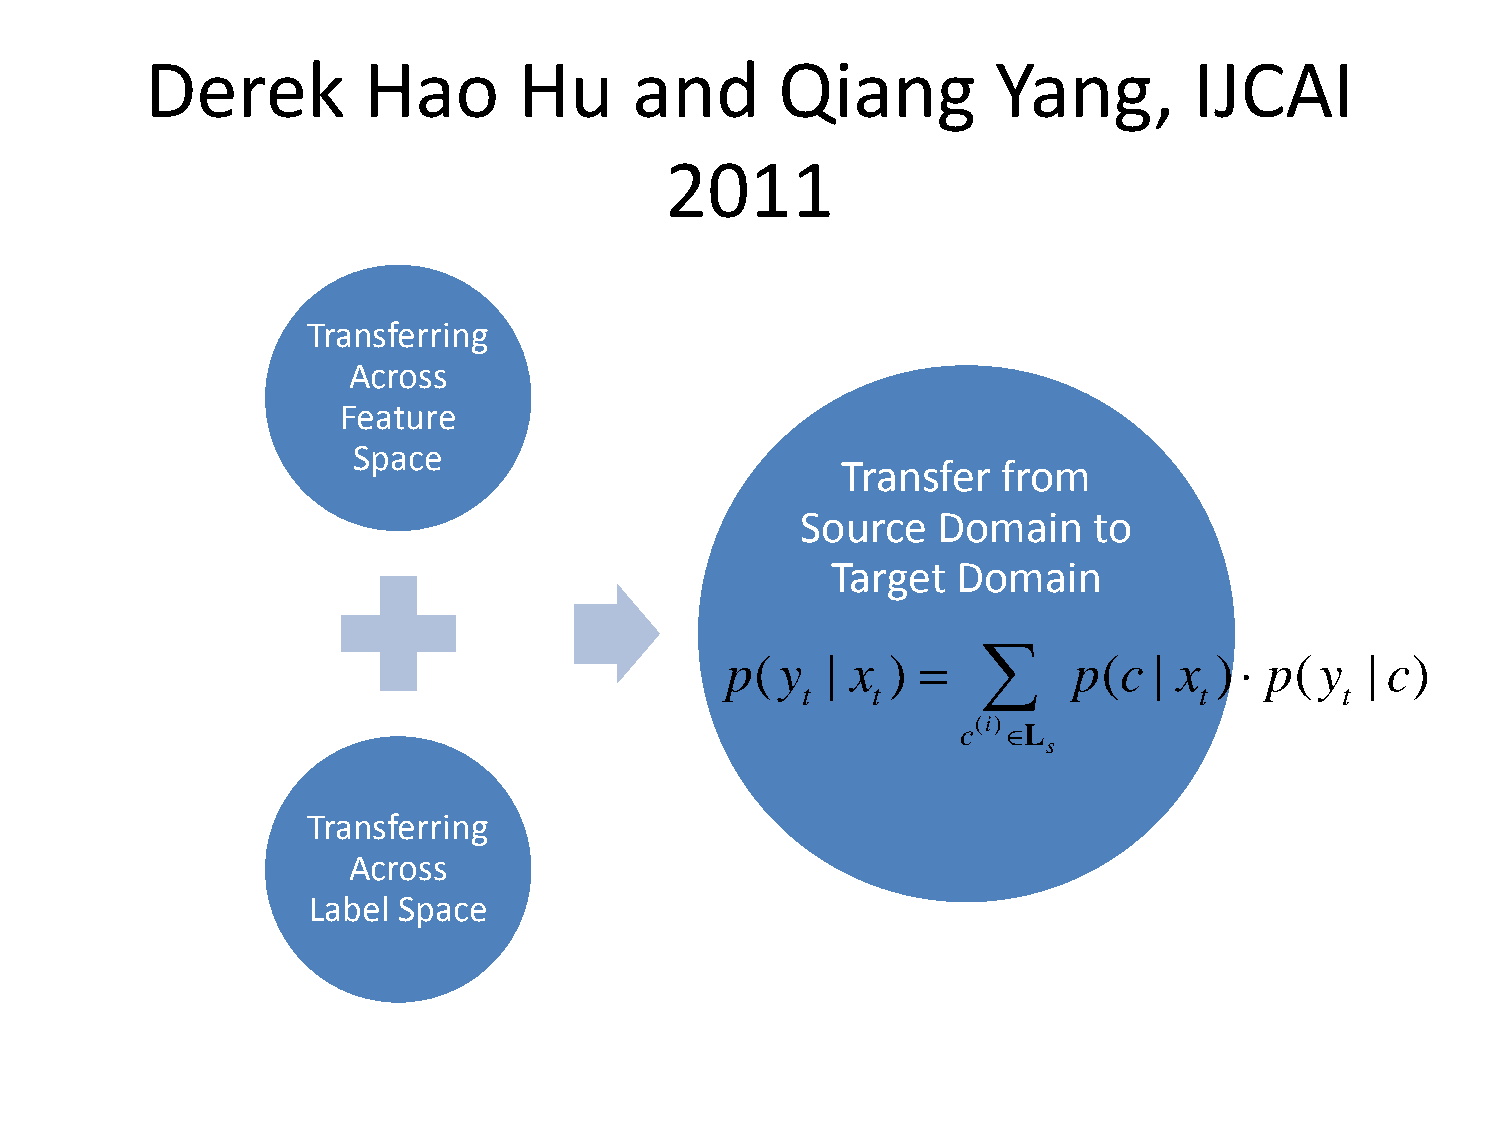
Derek         Hao       Hu      and       Qiang         Yang,        IJCAI
 2011
 Transferring
 Across
 Feature
 Space
 Transfer  from
 Source   Domain    to
 Target  Domain
 ∑
 p(  y  | x ) =         p(c  | x ) ⋅ p( y  | c)
 t    t                    t         t
 (i)
 c ∈L
 s
 Transferring
 Across
 Label Space